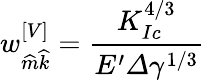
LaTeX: w_{\widehat{m}\widehat{k}}^{\left[V\right]}=\frac{K_{Ic}^{4/3}}{E^{\prime}\varDelta\gamma^{1/3}}